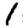
Digit: 1